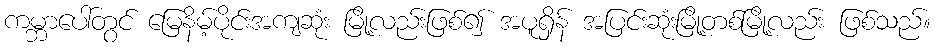
ကမ္ဘာပေါ်တွင် မြေနိမ့်ပိုင်းအကျဆုံး မြို့လည်းဖြစ်၍ အပူရှိန် အပြင်းဆုံးမြို့တစ်မြို့လည်း ဖြစ်သည်။